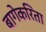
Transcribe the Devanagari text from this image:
बागेकरिता